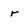
Character: r